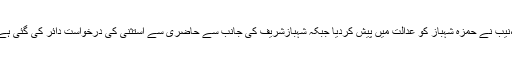
نجی ٹی وی کے مطابق رمضان شوگر ملزکی احتساب عدالت میں سماعت ہوئی،نیب نے حمزہ شہباز کو عدالت میں پیش کردیا جبکہ شہبازشریف کی جانب سے حاضری سے استثنیٰ کی درخواست دائر کی گئی ہے ،اپوزیشن لیڈر پنجاب اسمبلی حمزہ شہبازشریف نے عدالت میں حاضری لگائی۔